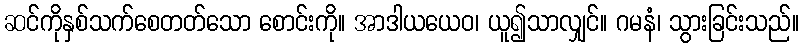
ဆင်ကိုနှစ်သက်စေတတ်သော စောင်းကို။ အာဒါယယေဝ၊ ယူ၍သာလျှင်။ ဂမနံ၊ သွားခြင်းသည်။